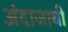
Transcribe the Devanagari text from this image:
अंदाजाची